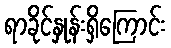
ရာခိုင်နှုန်းရှိကြောင်း